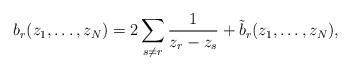
LaTeX: \begin{align*}b_{r}(z_{1},\ldots,z_{N})=2\sum_{s\ne r}\frac{1}{z_{r}-z_{s}}+\tilde{b}_{r}(z_{1},\ldots, z_{N}),\end{align*}